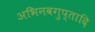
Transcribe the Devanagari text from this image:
अभिनवगुप्तादि